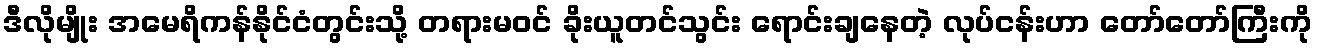
ဒီလိုမျိုး အမေရိကန်နိုင်ငံတွင်းသို့ တရားမဝင် ခိုးယူတင်သွင်း ရောင်းချနေတဲ့ လုပ်ငန်းဟာ တော်တော်ကြီးကို